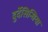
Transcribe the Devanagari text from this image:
दुर्देसिन्धिया